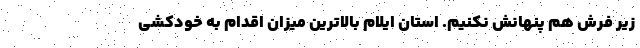
زیر فرش هم پنهانش نکنیم. استان ایلام بالاترین میزان اقدام به خودکشی